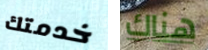
خدمتك هناك